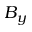
B _ { y }